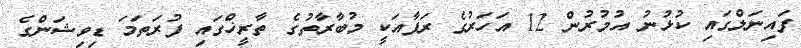
ފައިނަލްގައި ކުޅުނު އުމުރުން 12 އަހަރުގެ ރަފާއަކީ މުބާރާތުގެ ތާރީޚްގައި ފުރަތަމަ ޑިވިޝަންގެ